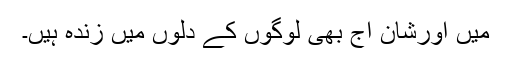
میں اورشان آج بھی لوگوں کے دلوں میں زندہ ہیں۔